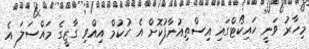
މިހާރު ވަނީ ހައިކޯޓްގައި އިސްތިއުނާފުކޮށް އެ ހުކުމް އިއްވި ގާޒީގެ މައްސަލަ އެ